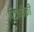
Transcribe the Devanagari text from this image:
पिकांपैकी